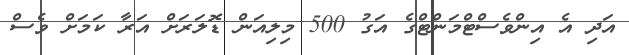
އަދި އެ އިންވެސްޓްމަންޓްގެ އަގު 500 މިލިއަން ޑޮލަރަށް އަރާ ކަމަށް ވެސް